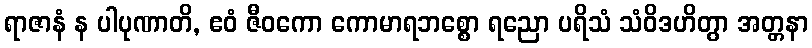
ရာဇာနံ န ပါပုဏာတိ, ဧဝံ ဇီဝကော ကောမာရဘစ္စော ရညော ပရိသံ သံဝိဒဟိတွာ အတ္တနာ